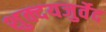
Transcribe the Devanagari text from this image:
शुक्दयजुर्वेद